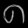
Digit: ၈